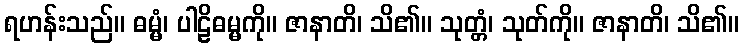
ရဟန်းသည်။ ဓမ္မံ၊ ပါဠိဓမ္မကို။ ဇာနာတိ၊ သိ၏။ သုတ္တံ၊ သုတ်ကို။ ဇာနာတိ၊ သိ၏။